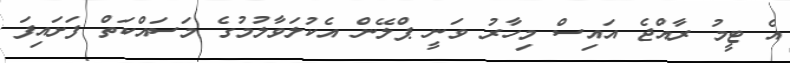
އެ ޓީމު ރާއްޖެ އައިސް މިހާރު ވަނީ ޕްލޭން އެކުލަވާލުމުގެ މަސައްކަތް ފަށައިފަ